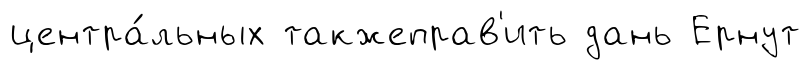
центра́льных такжеправ'ить дань Ернут